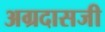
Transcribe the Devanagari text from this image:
अग्रदासजी